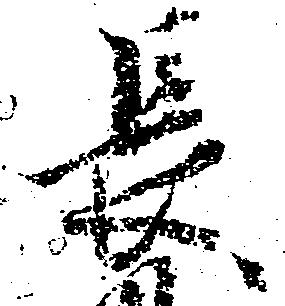
長